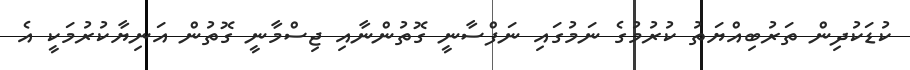
ކުޑަކުދިން ތަރުބިއްޔަތު ކުރުމުގެ ނަމުގައި ނަފްސާނީ ގޮތުންނާއި ޖިސްމާނީ ގޮތުން އަނިޔާކުރުމަކީ އެ